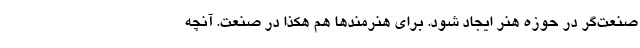
صنعت‌گر در حوزه هنر ایجاد شود. برای هنرمندها هم هکذا در صنعت. آنچه